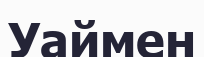
Уаймен